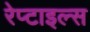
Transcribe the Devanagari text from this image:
रेप्टाइल्स